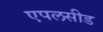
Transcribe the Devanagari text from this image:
एपलसीड